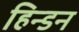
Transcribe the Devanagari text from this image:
हिन्‍डन